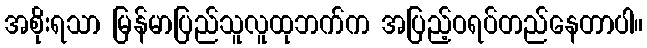
အစိုးရသာ မြန်မာပြည်သူလူထုဘက်က အပြည့်ဝရပ်တည်နေတာပါ။